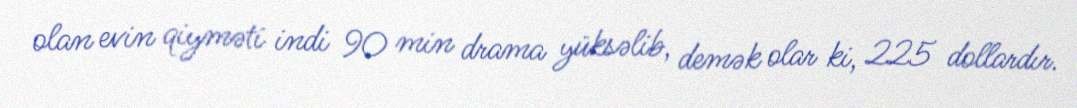
olan evin qiyməti indi 90 min drama yüksəlib, demək olar ki, 225 dollardır.